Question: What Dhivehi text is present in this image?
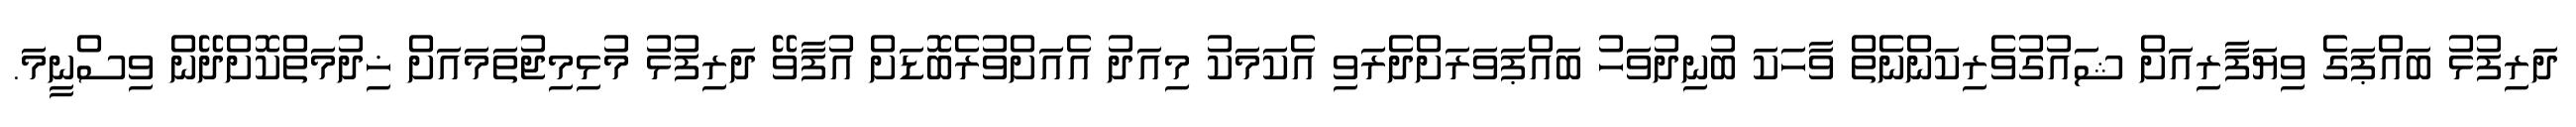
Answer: ދަރިފުޅު ބައްޕަގެ ވިޔަފާރިއަށް ޝައުގުވެރިކަންނެތް ވާހަކަ ބުނިދުވަހު ބައްޕަވަރަށްދެރަވި އެކަމަކު މިއަދު އެއަށްވުރެބޮޑަށް އުފާވޭ ދަރިފުޅު މުޅިމިޖުތަމައަށް ޚިދުމަތްކޮށްދޭން ވިސްނީމަ.